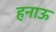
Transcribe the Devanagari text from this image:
हनाऊ